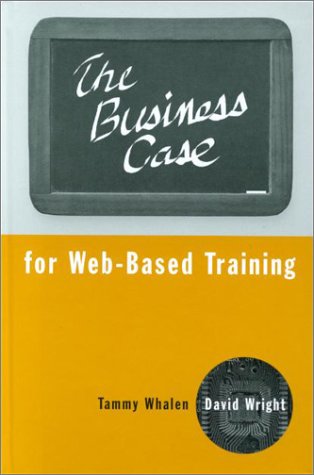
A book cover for The Business Case for Web-Based Training; Tammy Whalen; Computers & Technology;